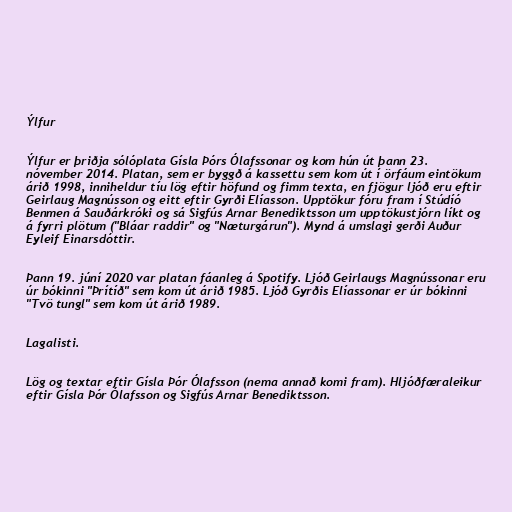
Ýlfur

Ýlfur er þriðja sólóplata Gísla Þórs Ólafssonar og kom hún út þann 23.
nóvember 2014. Platan, sem er byggð á kassettu sem kom út í örfáum eintökum
árið 1998, inniheldur tíu lög eftir höfund og fimm texta, en fjögur ljóð eru eftir
Geirlaug Magnússon og eitt eftir Gyrði Elíasson. Upptökur fóru fram í Stúdíó
Benmen á Sauðárkróki og sá Sigfús Arnar Benediktsson um upptökustjórn líkt og
á fyrri plötum ("Bláar raddir" og "Næturgárun"). Mynd á umslagi gerði Auður
Eyleif Einarsdóttir.

Þann 19. júní 2020 var platan fáanleg á Spotify. Ljóð Geirlaugs Magnússonar eru
úr bókinni "Þrítíð" sem kom út árið 1985. Ljóð Gyrðis Elíassonar er úr bókinni
"Tvö tungl" sem kom út árið 1989.

Lagalisti.

Lög og textar eftir Gísla Þór Ólafsson (nema annað komi fram). Hljóðfæraleikur
eftir Gísla Þór Ólafsson og Sigfús Arnar Benediktsson.